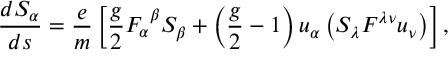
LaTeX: \frac { d S _ { \alpha } } { d s } = \frac e m \left[ \frac g 2 F _ { \alpha } ^ { \ \beta } S _ { \beta } + \left( \frac g 2 - 1 \right) u _ { \alpha } \left( S _ { \lambda } F ^ { \lambda \nu } u _ { \nu } \right) \right] ,